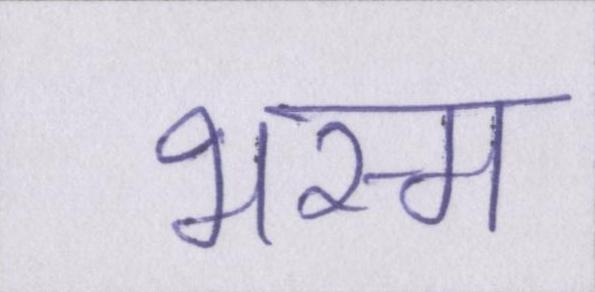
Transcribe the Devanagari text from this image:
भस्म